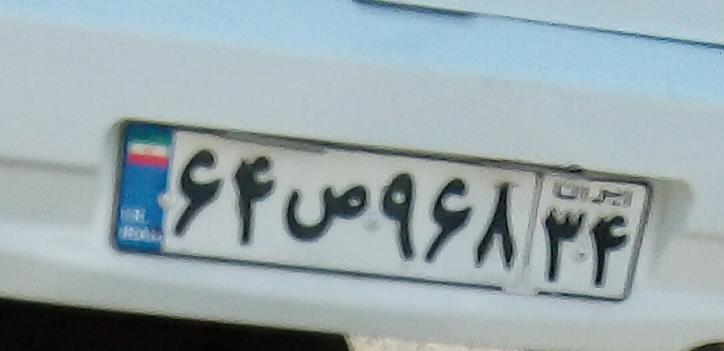
۶۴ص۹۶۸۳۴